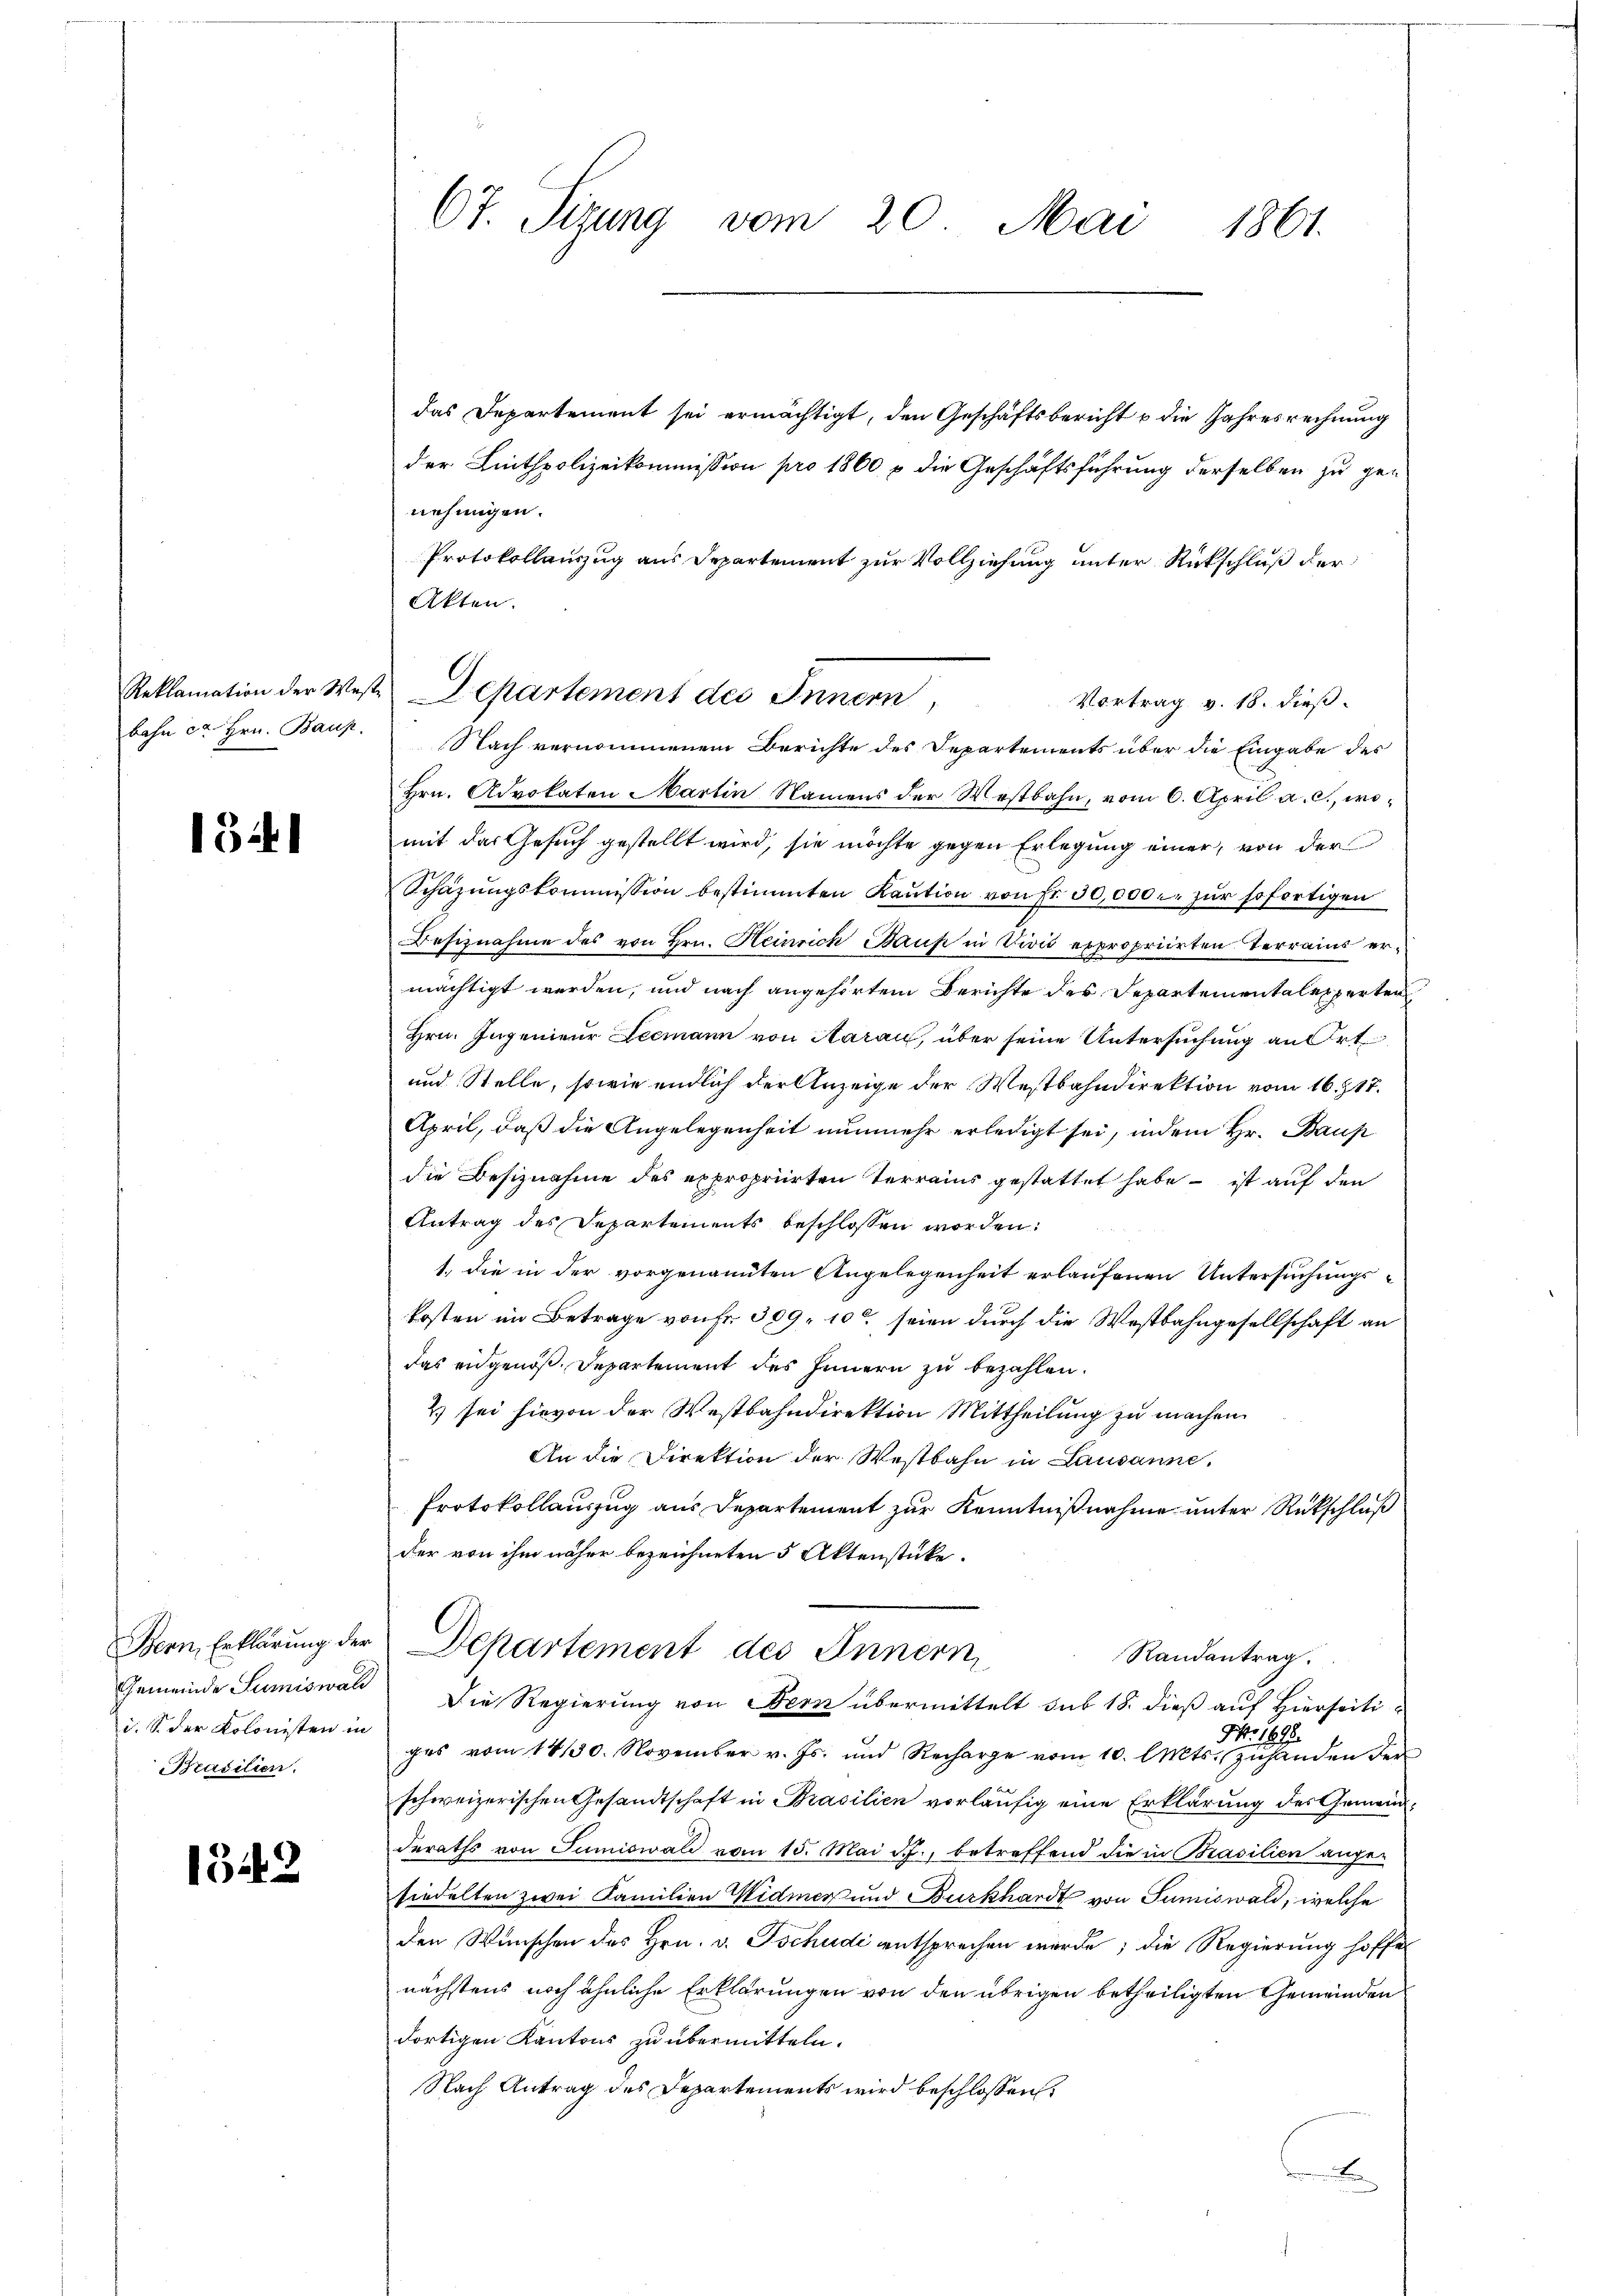
Reklamation der Wei
bahn ca. Hrn. Baup

1324

Gemeinde Sumiswald
i. S. der Kolonisten in
Brasilien.

1342

67. Sizung vom 20. Mai 1861.

2 Departement des Innern,
Vortrag v. 18. dieß.

das Departement sei ermächtigt, den Geschäftsbericht u die Jahresrechnung
der Linthpolizeikommission pro 1860 p die Geschäftsführung derselben zu ge-
nehmigen.
Protokollauszug aus Departement zur Vollziehung unter Rückschluß der
Akten.
Nach vernommenem Berichte des Departements über die Eingabe des
Hrn. Advokaten Martin Namens der Westbahn, vom 6. April a. c., womit das Gesuch gestellt wird, sie möchte gegen Erlegung einer, von der
Schäzŭngskommission bestimmten Kaŭtion von Fr. 30,000.- zŭr sofortigen
Besiznahme des von Hrn. Heinrich Bause in Vivić expropriirten Terrains ermächtigt werden, und nach angehörtem Berichte des Departementalexperten
Hrn. Ingenieur Leemann von Aarau, über seine Untersuchung an Ort
und Stelle, sowie endlich der Anzeige der Westbahndirektion vom 16. 17.
April, daß die Angelegenheit nunmehr erledigt sei, indem Hr. Baup
die Besiznahme des expropriirten Terrains gestattet habe – ist auf den
Antrag des Departements beschlossen worden:
1., die in der vorgenannten Angelegenheit erlaufenen Untersuchungskosten im Betrage von Fr. 309, 10 seien durch die Westbahngesellschaft an
das eidgenöß. Departement des Innern zu bezahlen.
2) sei hievon der Westbahndirektion Mittheilung zu machen.
An die Direktion der Westbahn in Lausanne,
Protokollauszug aus Departement zur Kenntnißnahme unter Rückschluß
der von ihm näher bezeichneten 5 Aktenstücke.
Bern Erklärung der Departement des Innern
Randantrag.
Die Regierung von Bern übermittelt sub 18. dieß auf Hierseiti¬
NNo. 1695.
ges vom 18 130. November v. Js. und Recharge vom 10. Mts. zuhanden der
schweizerischen Gesandtschaft in Brasilien vorläufig eine Erklärung des Gemeindderaths von Sumiswald vom 15. Mai d. J., betreffend die in Brasilien ange-
siedelten zwei Familien Widmer und Burkhardt von Sumiswald, welche
den Wünschen des Hrn. v. Tschudi entsprechen wurde; die Regierung hoffe
nächstens noch ähnliche Erklärungen von den übrigen betheiligten Gemeinden
dortigen Kantons zu übermitteln.
Nach Antrag des Departements wird beschlossen:
e